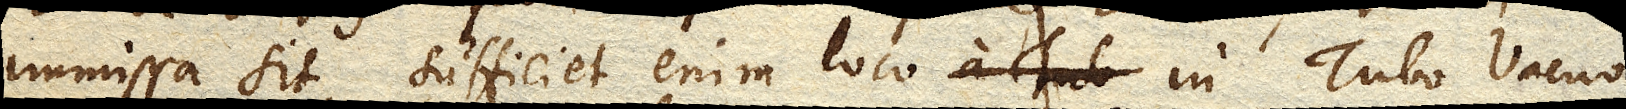
immissa sit, sufficiet enim loco in Tubo Vacuo